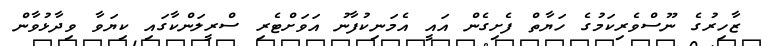
ޒާހިރުގެ ނޫސްވެރިކަމުގެ ހަޔާތް ފެށިގެން އައީ އެމަނިކުފާނު އަވަށްޓެރި ސްރީލަންކާގައި ކިޔަވާ ވިދާޅުވާން